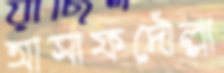
আসাফদৌল্লা